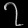
Digit: ၇